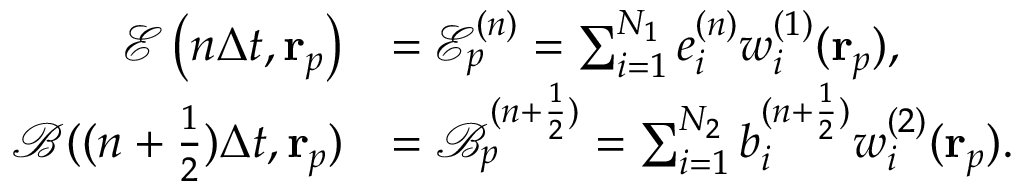
\begin{array} { r l } { \mathcal { E } \left( n \Delta t , \mathbf { r } _ { p } \right) } & { = \mathcal { E } _ { p } ^ { ( n ) } = \sum _ { i = 1 } ^ { N _ { 1 } } e _ { i } ^ { ( n ) } w _ { i } ^ { ( 1 ) } ( \mathbf { r } _ { p } ) , } \\ { \mathcal { B } ( ( n + \frac { 1 } { 2 } ) \Delta t , \mathbf { r } _ { p } ) } & { = \mathcal { B } _ { p } ^ { ( n + \frac { 1 } { 2 } ) } = \sum _ { i = 1 } ^ { N _ { 2 } } b _ { i } ^ { ( n + \frac { 1 } { 2 } ) } w _ { i } ^ { ( 2 ) } ( \mathbf { r } _ { p } ) . } \end{array}